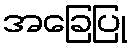
အခြေပြု